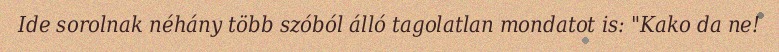
Ide sorolnak néhány több szóból álló tagolatlan mondatot is: "Kako da ne!